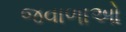
જવાળાઓ